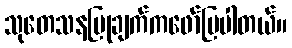
သုတေသနပြုချက်ကဖော်ပြပါတယ်။